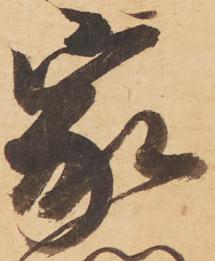
家